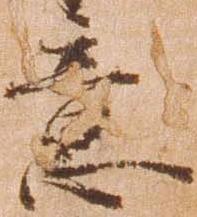
意